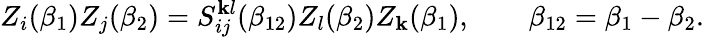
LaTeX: Z_{i}(\beta_{1})Z_{j}(\beta_{2})=S_{ij}^{\mathbf{k}l}(\beta_{12})Z_{l}(\beta_{2})Z_{\mathbf{k}}(\beta_{1}),\qquad\beta_{12}=\beta_{1}-\beta_{2}.